Annual report of the Camel Specialist
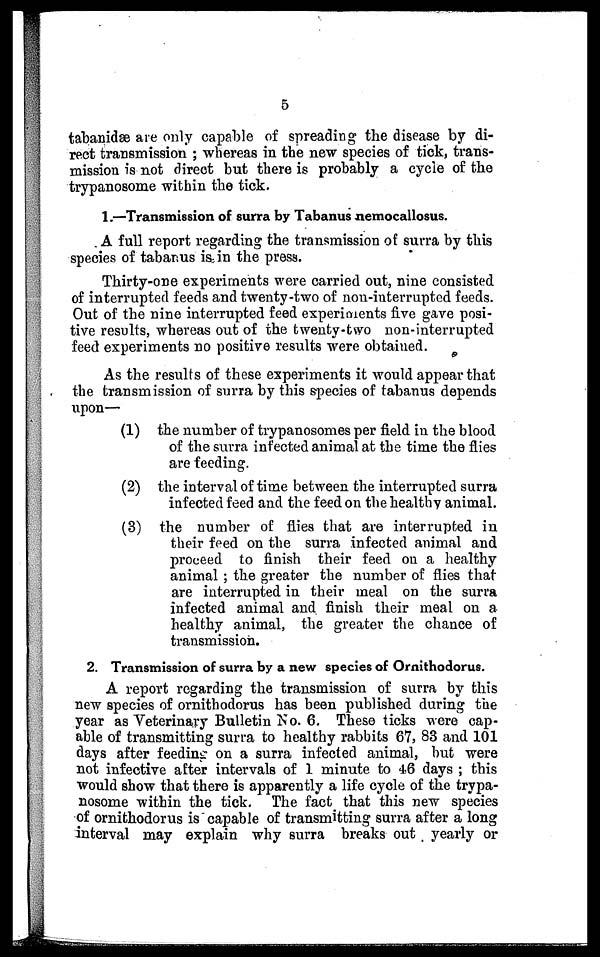
5
tabanidæ are only capable of spreading the disease by di-
rect transmission ; whereas in the new species of tick, trans-
mission is not direct but there is probably a cycle of the
trypanosome within the tick.
1.—Transmission of surra by Tabanus nemocallosus.
A full report regarding the transmission of surra by this
species of tabanus is in the press.
Thirty-one experiments were carried out, nine consisted
of interrupted feeds and twenty-two of non-interrupted feeds.
Out of the nine interrupted feed experiments five gave posi-
tive results, whereas out of the twenty-two non-interrupted
feed experiments no positive results were obtained.
As the results of these experiments it would appear that
the transmission of surra by this species of tabanus depends
upon—
(1) the number of trypanosomes per field in the blood
of the surra infected animal at the time the flies
are feeding.
(2) the interval of time between the interrupted surra
infected feed and the feed on the healthy animal.
(3) the number of flies that are interrupted in
their feed on the surra infected animal and
proceed to finish their feed on a healthy
animal ; the greater the number of flies that
are interrupted in their meal on the surra
infected animal and finish their meal on a
healthy animal, the greater the chance of
transmission.
2. Transmission of surra by a new species of Ornithodorus.
A report regarding the transmission of surra by this
new species of ornithodorus has been published during the
year as Veterinary Bulletin No. 6. These ticks were cap-
able of transmitting surra to healthy rabbits 67, 83 and 101
days after feeding on a surra infected animal, but were
not infective after intervals of 1 minute to 46 days ; this
would show that there is apparently a life cycle of the trypa-
nosome within the tick. The fact that this new species
of ornithodorus is capable of transmitting surra after a long
interval may explain why surra breaks out yearly or